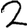
Digit: 2